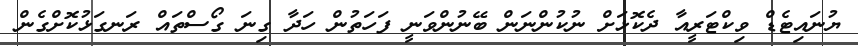
ޔުނައިޓެޑް ވިކްޓަރީއާ ދެކޮޅަށް ނުކުންނަން ބޭނުންވަނީ ފަހަތުން ހަދާ ގިނަ ގޯސްތައް ރަނގަޅުކޮށްގެން